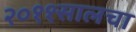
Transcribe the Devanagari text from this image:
२०११सालचा